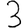
Digit: 3